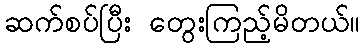
ဆက်စပ်ပြီး တွေးကြည့်မိတယ်။